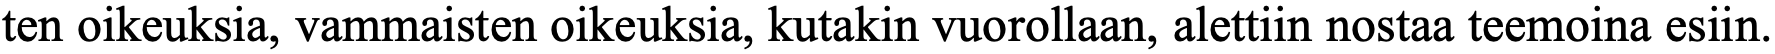
ten oikeuksia, vammaisten oikeuksia, kutakin vuorollaan, alettiin nostaa teemoina esiin.